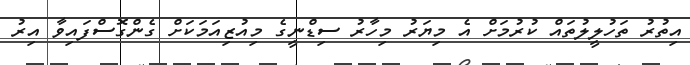
އިތުރު ތަހުލީލުތައް ކުރުމަށް އެ މިޔަރު މިހާރު ސިޑްނީގެ މިއުޒިއަމަކަށް ގެންގޮސްފައިވާ އިރު